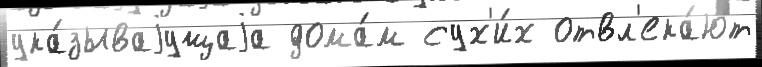
ука́зываjущаjа дома́м сух'и́х отвл'ека́ют